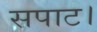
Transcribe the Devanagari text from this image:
सपाट।